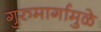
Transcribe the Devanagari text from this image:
गुरुमार्गामुळे